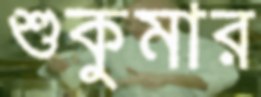
শুকুমার